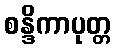
စန္ဒိကာပုတ္တ